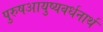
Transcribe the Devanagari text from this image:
पुरुषआयुष्यवर्धनार्थ